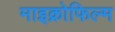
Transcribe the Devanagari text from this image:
माइक्रोफिल्‍म